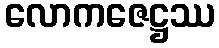
လောကဇေဋ္ဌဿ